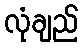
လုံချည်